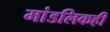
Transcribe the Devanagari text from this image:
मांडलिकही